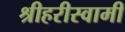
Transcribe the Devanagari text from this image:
श्रीहरीस्वामी